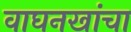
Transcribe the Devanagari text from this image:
वाघनखांचा